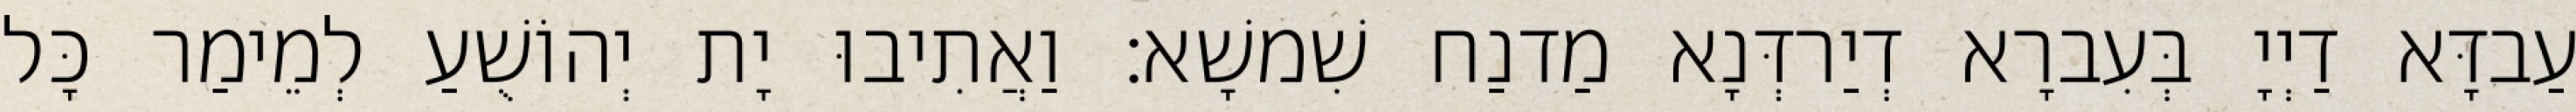
עַבדָּא דַיְיָ בְּעִברָא דְיַרדְּנָא מַדנַח שִׁמשָׁא׃ וַאֲתִיבוּ יָת יְהוֹשֻׁעַ לְמֵימַר כָּל